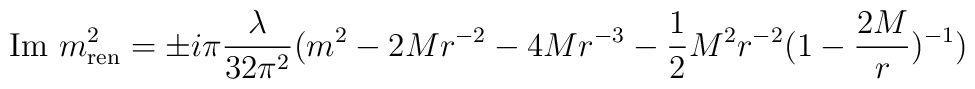
{\rm Im}~m_{\rm ren}^2 = \pm i\pi \frac{\lambda}{32\pi^2}	(m^2-2Mr^{-2}-4Mr^{-3}-\frac{1}{2}M^2r^{-2}(1-\frac{2M}{r})^{-1})